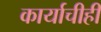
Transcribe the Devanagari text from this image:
कार्याचीही